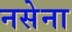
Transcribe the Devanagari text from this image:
नसेना